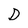
Character: D